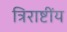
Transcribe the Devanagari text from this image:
त्रिराष्टींय